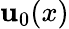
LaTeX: \mathbf{u}_{0}(x)